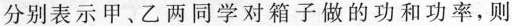
分别表示甲、乙两同学对箱子做的功和功率，则